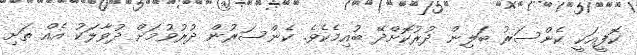
ކޮފީއަކީ ކެންސަރު ބަލިން ދުރުކޮށްދޭ ބުއިމެކެވެ. ކެންސަރުން ދުރުވުމަށް ދުވާލަކު އެއް ތަށި